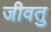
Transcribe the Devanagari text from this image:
जीवतु